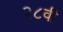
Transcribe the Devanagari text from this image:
२८वी